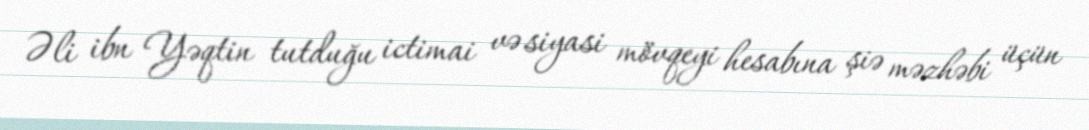
Əli ibn Yəqtin tutduğu ictimai və siyasi mövqeyi hesabına şiə məzhəbi üçün